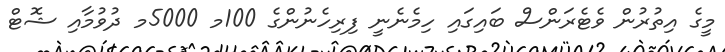
މީގެ އިތުރުން ވެޓެރަންސް ބައިގައި ހިމެނެނީ ފިރިހެނުންގެ 100މ 5000މ ދުވުމާއި ޝޮޓް